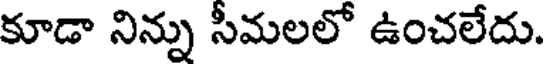
కూడా నిన్ను సీమలలో ఉంచలేదు.